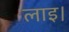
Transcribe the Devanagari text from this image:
लाइ।